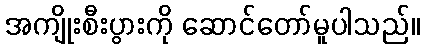
အကျိုးစီးပွားကို ဆောင်တော်မူပါသည်။